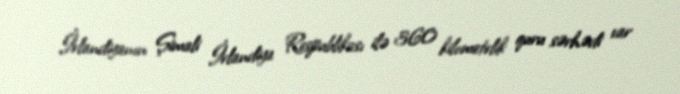
İrlandiyanın Şimali İrlandiya Respublikası ilə 360 kilometrlik quru sərhədi var